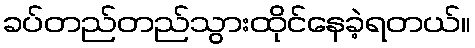
ခပ်တည်တည်သွားထိုင်နေခဲ့ရတယ်။